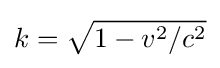
k={\sqrt {1-v^{2}/c^{2}}}